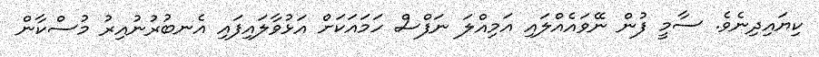
ކިޔައިދިނެވެ. ސާމީ ފުން ނޭވައެއްލައި އަމިއްލަ ނަފްސް ހަމައަކަށް އަޅުވާލައިފައި އެނބުރުނުއިރު މުސްކާން